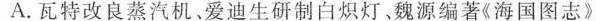
A.瓦特改良蒸汽机。爱迪生研制白炽灯、魏源编著《海国图志》